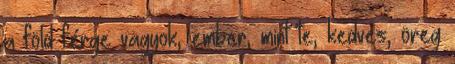
a föld férge vagyok, ember, mint te, kedves, öreg